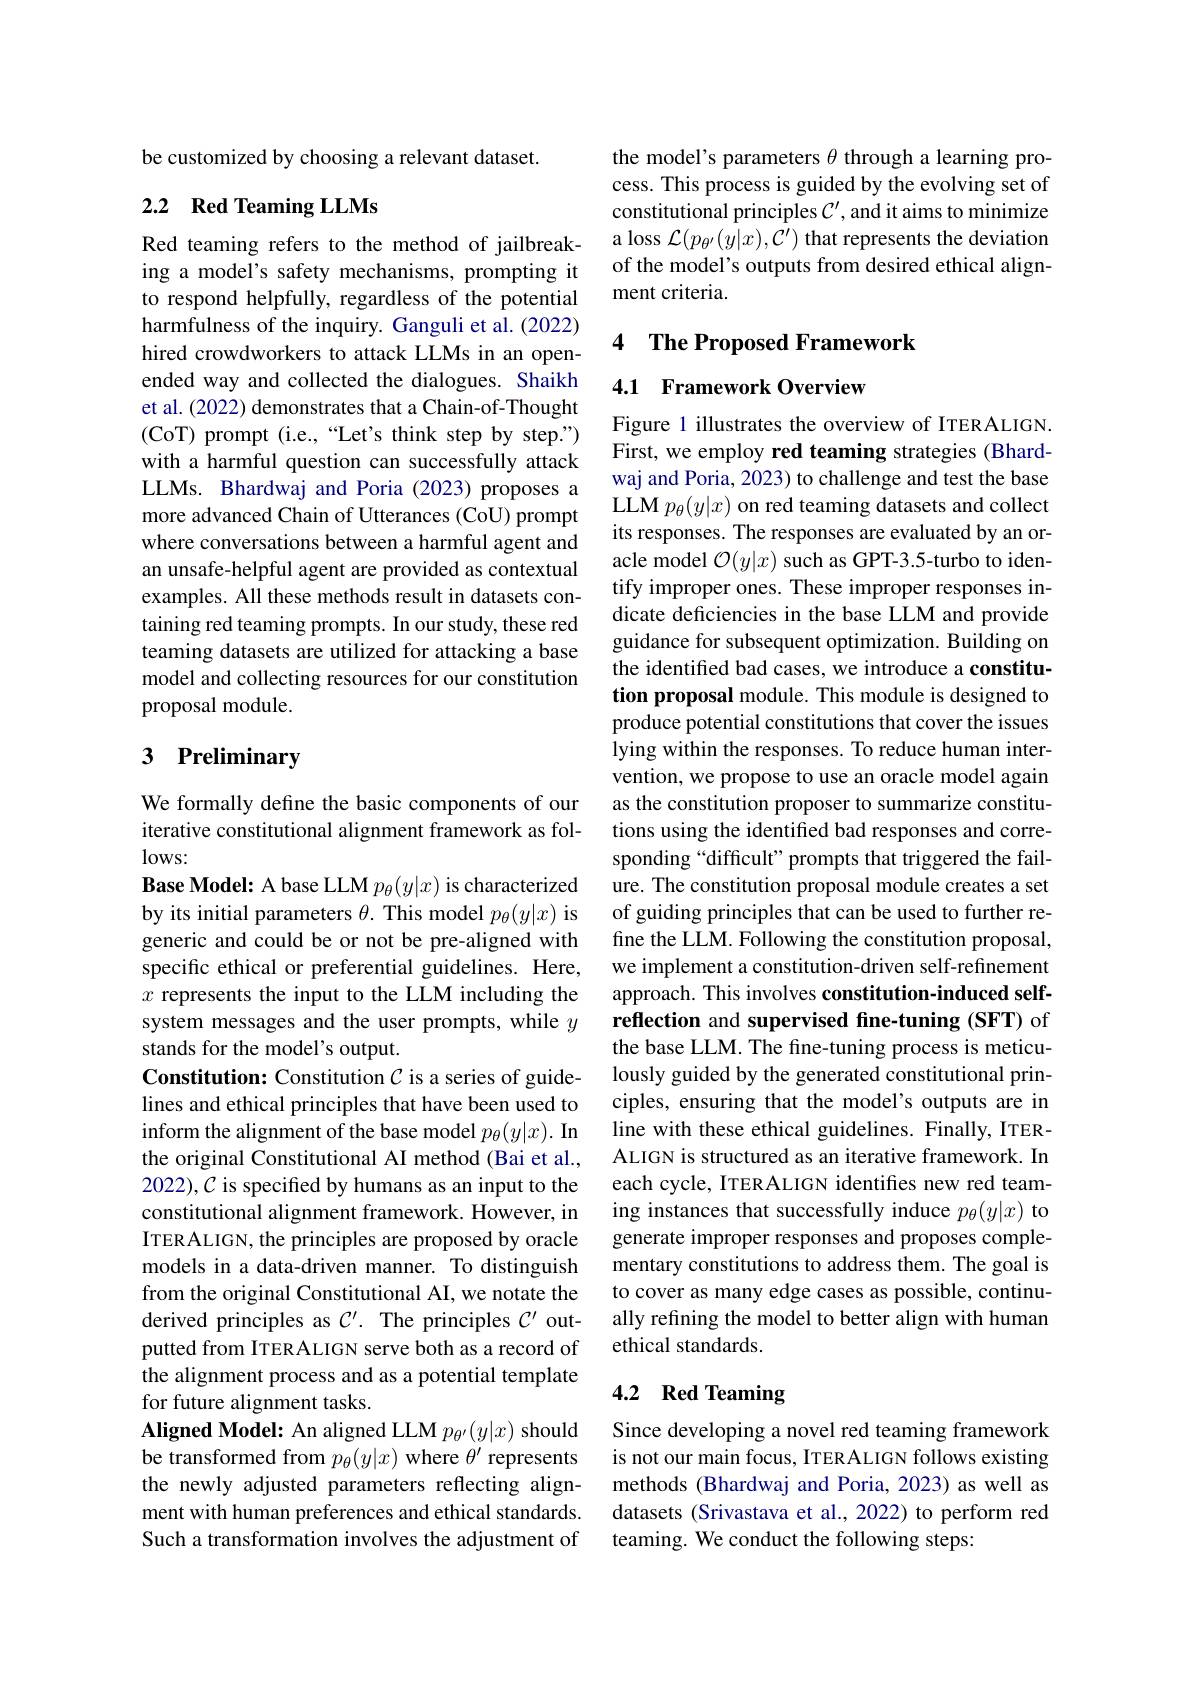
be customized by choosing a relevant dataset.

## 2.2 Red Teaming LLMs

Red teaming refers to the method of jailbreaking a model's safety mechanisms, prompting it to respond helpfully, regardless of the potential harmfulness of the inquiry. Ganguli et al. (2022) hired crowdworkers to attack LLMs in an openended way and collected the dialogues. Shaikh et al. (2022) demonstrates that a Chain-of-Thought (CoT) prompt (i.e.,“Let's think step by step.") with a harmful question can successfully attack LLMs. Bhardwaj and Poria (2023) proposes a more advanced Chain of Utterances (CoU) prompt where conversations between a harmful agent and an unsafe-helpful agent are provided as contextual examples. All these methods result in datasets containing red teaming prompts. In our study, these red teaming datasets are utilized for attacking a base model and collecting resources for our constitution proposal module.

# 3 Preliminary

We formally define the basic components of our iterative constitutional alignment framework as fol- $lows:$
Base Model: A base LLM $p_\theta(y|x)$ is characterized by its initial parameters $\theta.$ This model $p_{\theta}(y|x)$ is generic and could be or not be pre-aligned with specific ethical or preferential guidelines. Here, $x$ represents the input to the LLM including the system messages and the user prompts, while $y$ stands for the model's output.
Constitution: Constitution $\mathcal{C}$ is a series of guidelines and ethical principles that have been used to inform the alignment of the base model $p_\theta ( y| x) . \textbf{In}$ the original Constitutional AI method (Bai et al., 2022), C is specified by humans as an input to the constitutional alignment framework. However, in ITERALIGN, the principles are proposed by oracle models in a data-driven manner. To distinguish from the original Constitutional AI, we notate the derived principles as $C^{\prime}.$ The principles $C^\prime$ outputted from ITERALIGN serve both as a record of the alignment process and as a potential template for future alignment tasks.
Aligned Model: An aligned LLM $p_{\theta^{\prime}}(y|x)$ should be transformed from $p_\theta(y|x)$ where $\theta^\prime$ represents the newly adjusted parameters reflecting alignment with human preferences and ethical standards. Such a transformation involves the adjustment of

the model's parameters $\theta$ through a learning process. This process is guided by the evolving set of constitutional principles $\mathcal{C}^\prime$, and it aims to minimize a loss $\mathcal{L}(p_{\theta^{\prime}}(y|x),\mathcal{C}^{\prime})$ that represents the deviation of the model's outputs from desired ethical alignment criteria.

### 4 The Proposed Framework

4.1 Framework Overview

Figure 1 illustrates the overview of ITERALIGN. First, we employ red teaming strategies (Bhardwaj and Poria, 2023) to challenge and test the base LLM $p_\theta(y|x)$ on red teaming datasets and collect its responses. The responses are evaluated by an oracle model $\mathcal{O}(y|x)$ such as GPT-3.5-turbo to identify improper ones. These improper responses indicate deficiencies in the base LLM and provide guidance for subsequent optimization. Building on the identified bad cases, we introduce a constitution proposal module. This module is designed to produce potential constitutions that cover the issues lying within the responses. To reduce human intervention, we propose to use an oracle model again as the constitution proposer to summarize constitutions using the identified bad responses and corresponding “difficult” prompts that triggered the failure. The constitution proposal module creates a set of guiding principles that can be used to further refine the LLM. Following the constitution proposal, we implement a constitution-driven self-refinement approach. This involves constitution-induced selfreflection and supervised fine-tuning (SFT) of the base LLM. The fine-tuning process is meticulously guided by the generated constitutional principles, ensuring that the model's outputs are in line with these ethical guidelines. Finally, ITERALIGN is structured as an iterative framework. In each cycle, ITERALIGN identifies new red teaming instances that successfully induce $p_\theta(y|x)$ to generate improper responses and proposes complementary constitutions to address them. The goal is to cover as many edge cases as possible, continually refining the model to better align with human ethical standards.

## 4.2 Red Teaming

Since developing a novel red teaming framework is not our main focus, ITERALIGN follows existing methods (Bhardwaj and Poria, 2023) as well as datasets (Srivastava et al., 2022) to perform red teaming. We conduct the following steps: